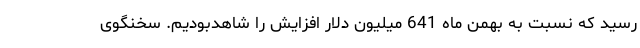
رسید که نسبت به بهمن ماه 641 میلیون دلار افزایش را شاهدبودیم. سخنگوی